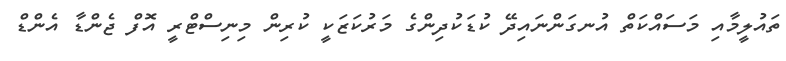
ތައުލީމާއި މަސައްކަތް އުނގަންނައިދޭ ކުޑަކުދިންގެ މަރުކަޒަކީ ކުރިން މިނިސްޓްރީ އޮފް ޖެންޑާ އެންޑް